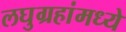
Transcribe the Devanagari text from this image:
लघुग्रहांमध्ये